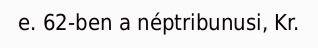
e. 62-ben a néptribunusi, Kr.